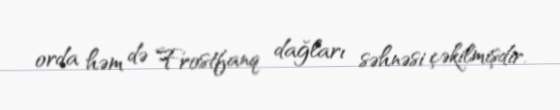
orda həm də Frostfanq dağları səhnəsi çəkilmişdir.